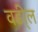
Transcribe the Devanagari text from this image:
वडी्ल